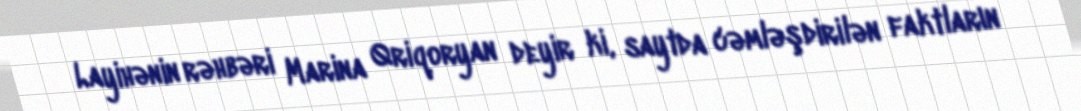
Layihənin rəhbəri Marina Qriqoryan deyir ki, saytda cəmləşdirilən faktların